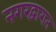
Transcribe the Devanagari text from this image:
नगरद्वारात